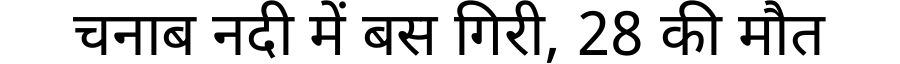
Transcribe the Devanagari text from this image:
चनाब नदी में बस गिरी, 28 की मौत